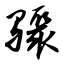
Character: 骤